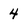
Character: 4